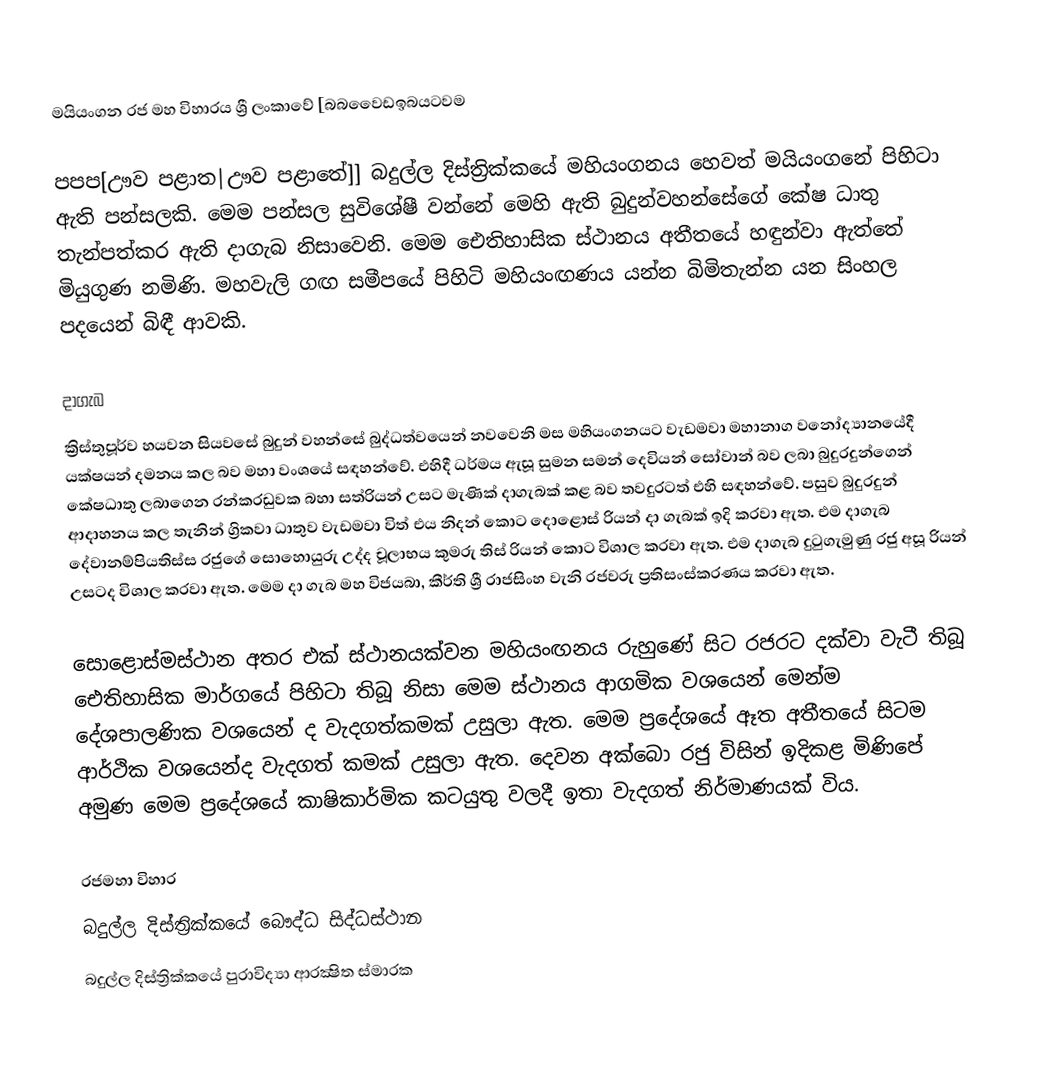
මයියංගන රජ මහ විහාරය  ශ්‍රී ලංකාවේ [බබවෛඩඉබයටවම

 පපප[ඌව පළාත|ඌව පළාතේ]] බදුල්ල දිස්ත්‍රික්කයේ මහියංගනය හෙවත් මයියංගනේ  පිහිටා ඇති පන්සලකි. මෙම පන්සල සුවිශේෂී වන්නේ මෙහි ඇති බුදුන්වහන්සේගේ කේෂ ධාතු තැන්පත්කර ඇති දාගැබ නිසාවෙනි. මෙම ඓතිහාසික ස්ථානය අතීතයේ හඳුන්වා ඇත්තේ මියුගුණ නමිණි. මහවැලි ගඟ සමීපයේ පිහිටි මහියංඟණය යන්න බිමිතැන්න යන සිංහල පදයෙන් බිඳී ආවකි.

දාගැබ
ක්‍රිස්තුපූර්ව හයවන සියවසේ බුදුන් වහන්සේ බුද්ධත්වයෙන් නවවෙනි මස මහියංගනයට වැඩමවා මහානාග වනෝද්‍යානයේදී යක්ෂයන් දමනය කල බව මහා වංශයේ සඳහන්වේ. එහිදී ධර්මය ඇසූ සුමන සමන් දෙවියන් සෝවාන් බව ලබා බුදුරදුන්ගෙන් කේෂධාතු ලබාගෙන රන්කරඩුවක බහා සත්රියන් උසට මැණික් දාගැබක් කළ බව තවදුරටත් එහි සඳහන්වේ. පසුව බුදුරදුන් ආදාහනය කල තැනින් ග්‍රිකවා ධාතුව වැඩමවා විත් එය නිදන් කොට දොළොස් රියන් දා ගැබක් ඉදි කරවා ඇත. එම දාගැබ දේවානම්පියතිස්ස රජුගේ සොහොයුරු උද්ද චූලාභය කුමරු තිස් රියන් කොට විශාල කරවා ඇත. එම දාගැබ දුටුගැමුණු රජු අසූ රියන් උසටද විශාල කරවා ඇත. මෙම දා ගැබ මහ විජයබා, කීර්ති ශ්‍රී රාජසිංහ වැනි රජවරු ප්‍රතිසංස්කරණය කරවා ඇත.

සොළොස්මස්ථාන අතර එක් ස්ථානයක්වන මහියංඟනය රුහුණේ සිට රජරට දක්වා වැටී තිබූ ඓතිහාසික මාර්ගයේ පිහිටා තිබූ නිසා මෙම ස්ථානය ආගමික වශයෙන් මෙන්ම දේශපාලණික වශයෙන් ද වැදගත්කමක් උසුලා ඇත. මෙම ප්‍රදේශයේ ඈත අතීතයේ සිටම ආර්ථික වශයෙන්ද වැදගත් කමක් උසුලා ඇත. දෙවන අක්බො රජු විසින් ඉදිකළ මිණිපේ අමුණ මෙම ප්‍රදේශයේ කාෂිකාර්මික කටයුතු වලදී ඉතා වැදගත් නිර්මාණයක් විය.

රජමහා විහාර
බදුල්ල දිස්ත්‍රික්කයේ බෞද්ධ සිද්ධස්ථාන
බදුල්ල දිස්ත්‍රික්කයේ පුරාවිද්‍යා ආරක්‍ෂිත ස්මාරක